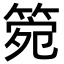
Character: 箢